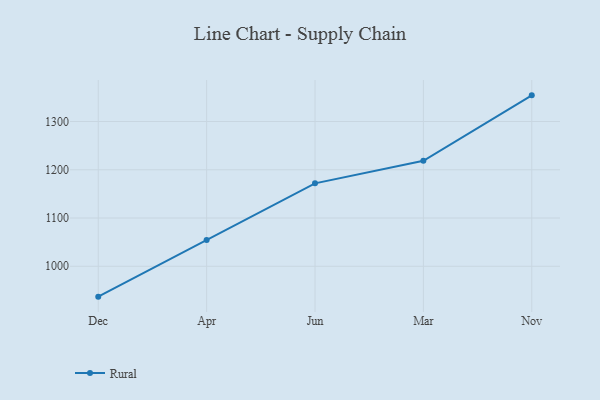
{"axis": {"x": "Month", "y": "Website Visitors"}, "legend": ["Rural"], "data": [{"x": "Dec", "y": 937.1, "type": "Rural"}, {"x": "Apr", "y": 1054.5, "type": "Rural"}, {"x": "Jun", "y": 1171.9, "type": "Rural"}, {"x": "Mar", "y": 1218.7, "type": "Rural"}, {"x": "Nov", "y": 1354.2, "type": "Rural"}]}